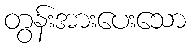
တွန်းအားပေးသော